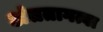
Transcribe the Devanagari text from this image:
अंततागत्वा